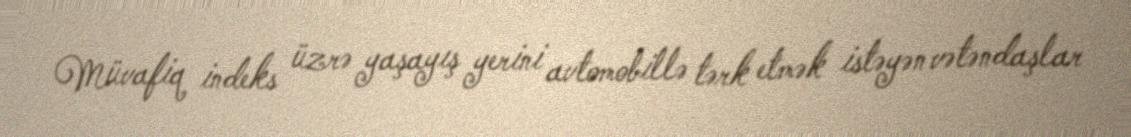
Müvafiq indeks üzrə yaşayış yerini avtomobillə tərk etmək istəyən vətəndaşlar